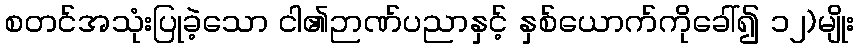
စတင်အသုံးပြုခဲ့သော ငါ၏ဉာဏ်ပညာနှင့် နှစ်ယောက်ကိုခေါ်၍ ၁၂)မျိုး